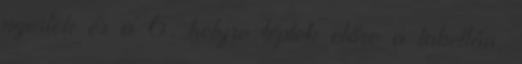
nyertek és a 6. helyre léptek előre a tabellán,